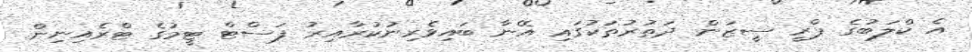
އެ ކްލަބުގެ ޕްރީ ސީޒަން ދަތުރުތަކުގައި އޭނާ ބައިވެރިނުކުރާއިރު ފަސްޓް ޓީމުގެ ޓްރެއިނިން